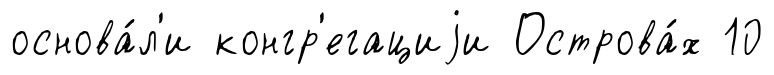
основа́л'и конгр'егациjи Острова́х 10